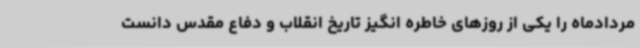
مردادماه را یکی از روزهای خاطره انگیز تاریخ انقلاب و دفاع مقدس دانست